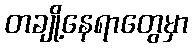
တချို့နေရာတွေမှာ